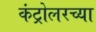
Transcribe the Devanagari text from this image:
कंट्रोलरच्या